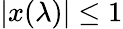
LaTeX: |x(\lambda)|\le 1